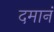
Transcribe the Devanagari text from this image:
दमानं